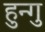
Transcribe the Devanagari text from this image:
हुन्गु